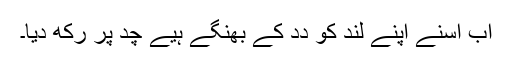
اَب اُسنے اَپنے لُند کو دِدِ کے بھِنگے ہُیے چُد پر رکھ دِیا۔